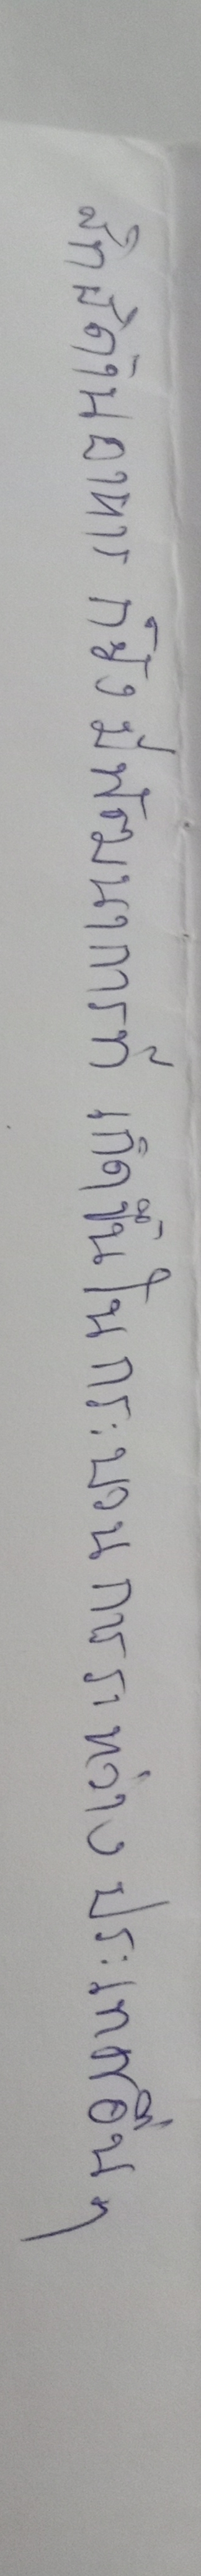
สิทธิด้านอาหารก็ยังมีพัฒนาการที่เกิดขึ้นในกระบวนการระหว่างประเทศอื่นๆ